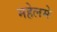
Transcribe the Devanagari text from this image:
महेलमे